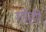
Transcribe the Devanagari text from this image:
गोही